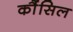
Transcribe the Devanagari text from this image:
कौंंसिल